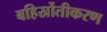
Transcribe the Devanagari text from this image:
बहिर्स्रोतीकरण